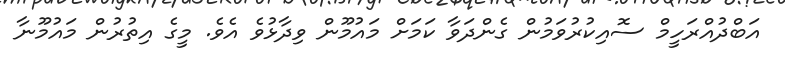
އަބްދުއްރަހީމް ސޮއިކުރުވަމުން ގެންދަވާ ކަމަށް މައުމޫން ވިދާޅުވެ އެވެ. މީގެ އިތުރުން މައުމޫނާ